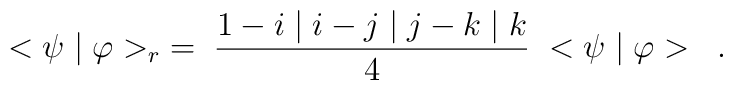
<\psi \mid \varphi>_{r} \; = \;\frac{1 - i\mid i - j\mid j - k\mid k}{4} \; <\psi \mid \varphi> \; \; .